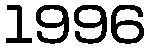
1996